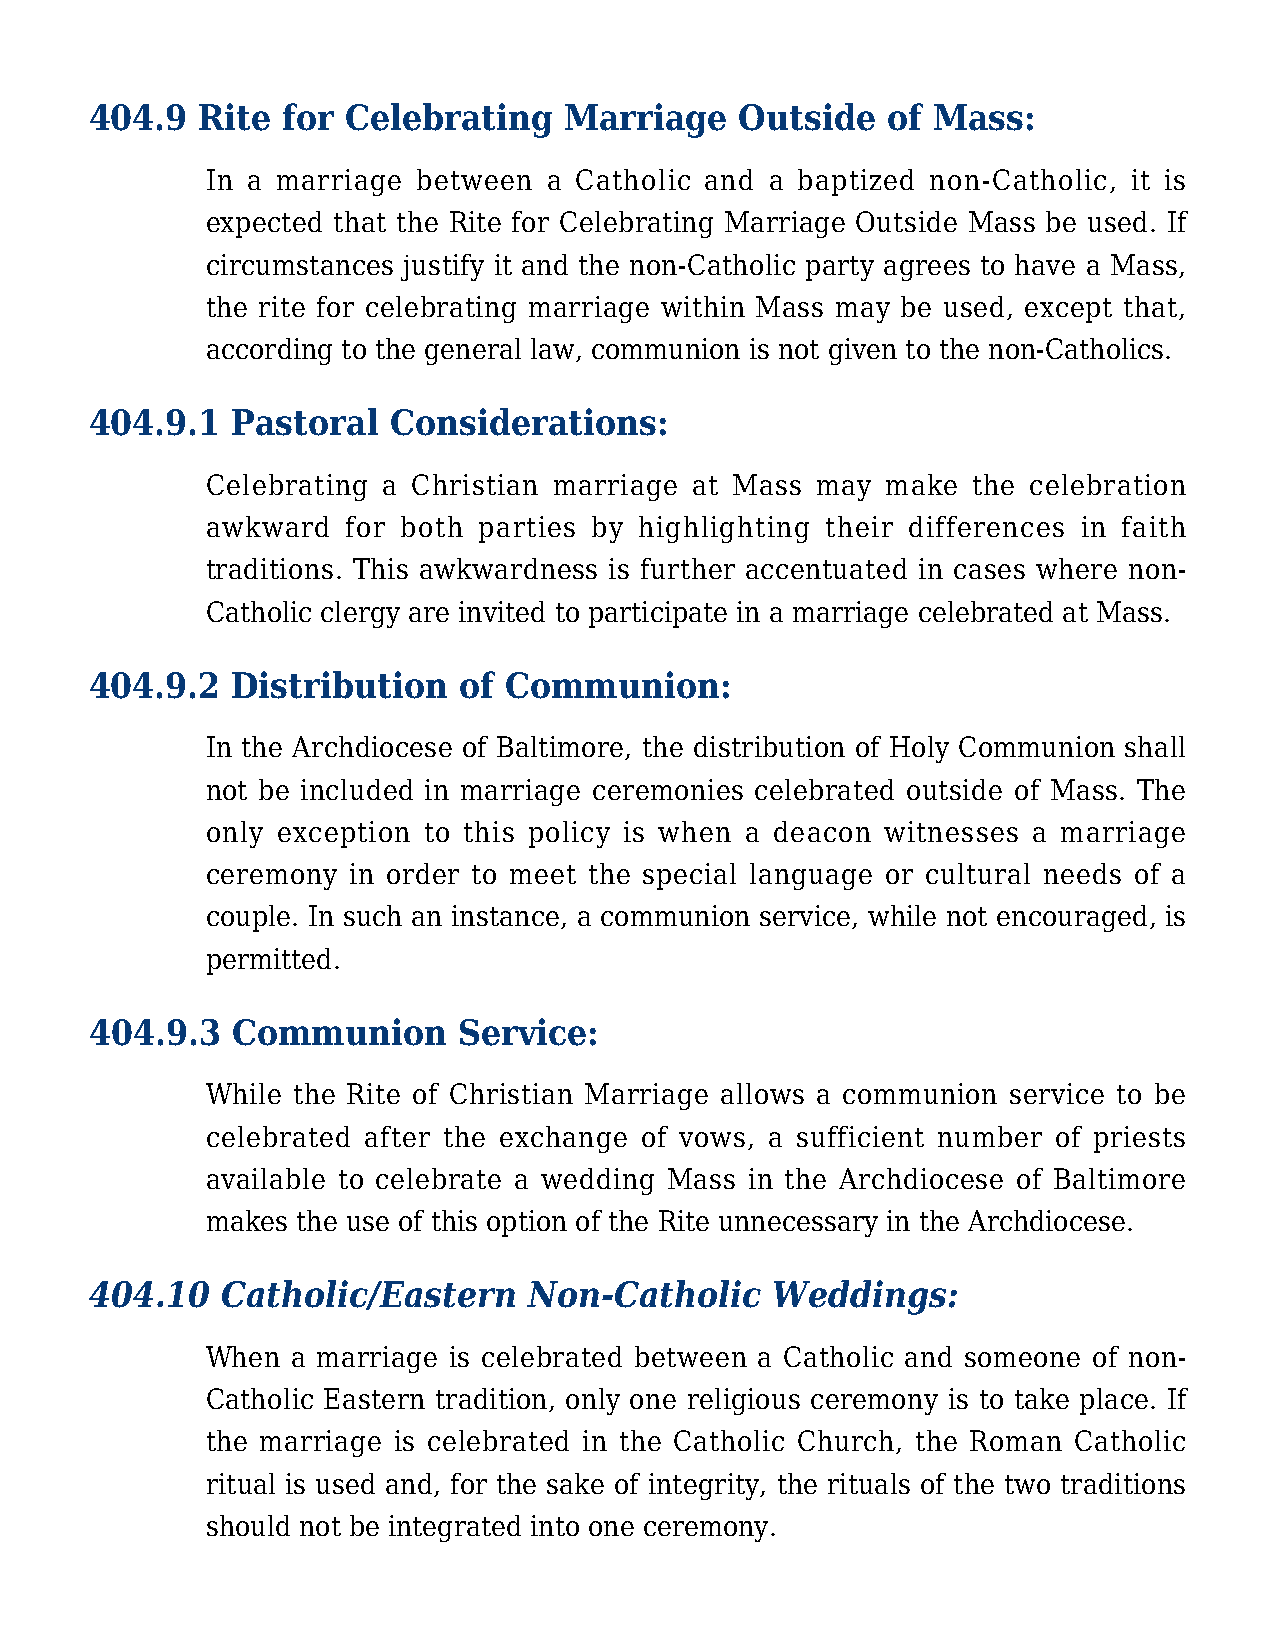
404.9  Rite  for Celebrating   Marriage    Outside   of Mass:
 In a marriage between a Catholic and a baptized non-Catholic, it is
 expected that the Rite for Celebrating Marriage Outside Mass be used. If
 circumstances justify it and the non-Catholic party agrees to have a Mass,
 the rite for celebrating marriage within Mass may be used, except that,
 according to the general law, communion is not given to the non-Catholics.
 404.9.1  Pastoral   Considerations:
 Celebrating a Christian marriage at Mass may make the celebration
 awkward  for both parties by highlighting their differences in faith
 traditions. This awkwardness is further accentuated in cases where non-
 Catholic clergy are invited to participate in a marriage celebrated at Mass.
 404.9.2  Distribution   of Communion:
 In the Archdiocese of Baltimore, the distribution of Holy Communion shall
 not be included in marriage ceremonies celebrated outside of Mass. The
 only exception to this policy is when a deacon witnesses a marriage
 ceremony in order to meet the special language or cultural needs of a
 couple. In such an instance, a communion service, while not encouraged, is
 permitted.
 404.9.3  Communion      Service:
 While the Rite of Christian Marriage allows a communion service to be
 celebrated after the exchange of vows, a sufficient number of priests
 available to celebrate a wedding Mass in the Archdiocese of Baltimore
 makes the use of this option of the Rite unnecessary in the Archdiocese.
 404.10   Catholic/Eastern    Non-Catholic    Weddings:
 When a marriage is celebrated between a Catholic and someone of non-
 Catholic Eastern tradition, only one religious ceremony is to take place. If
 the marriage is celebrated in the Catholic Church, the Roman Catholic
 ritual is used and, for the sake of integrity, the rituals of the two traditions
 should not be integrated into one ceremony.